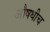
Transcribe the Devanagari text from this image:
औषधीच